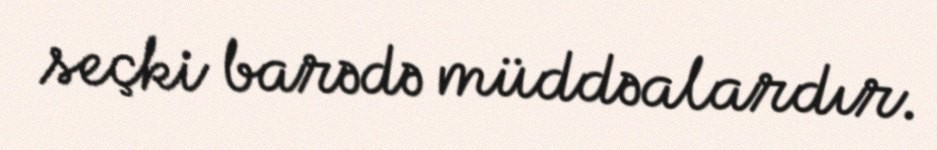
seçki barədə müddəalardır.